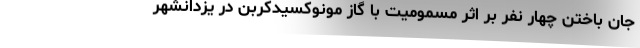
جان باختن چهار نفر بر اثر مسمومیت با گاز مونوکسیدکربن در یزدانشهر